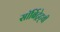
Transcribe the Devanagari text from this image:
सॉर्बिट्रेट्ची